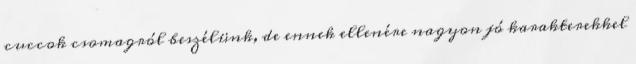
cuccok csomagról beszélünk, de ennek ellenére nagyon jó karakterekkel